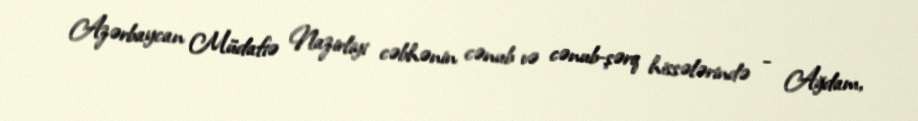
Azərbaycan Müdafiə Nazirliyi cəbhənin cənub və cənub-şərq hissələrində - Ağdam,